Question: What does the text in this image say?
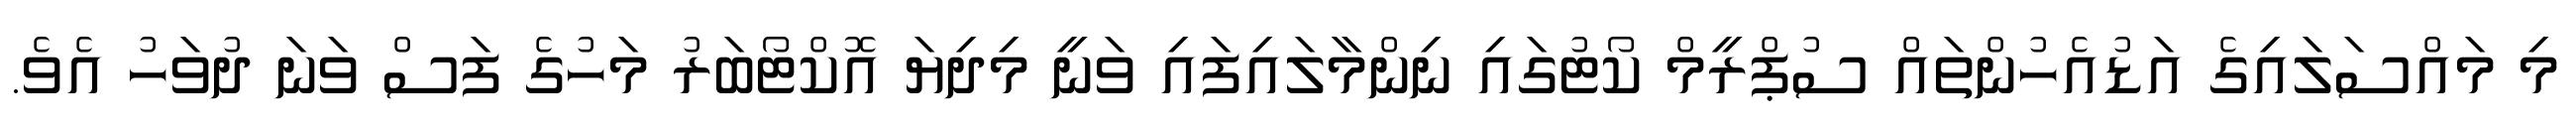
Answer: މި މައްސަލައިގެ އަޑުއެހުންތައް ސުޕްރީމް ކޯޓުގައި ނިންމާލައިފައި ވަނީ މިދިޔަ އޮކްޓޯބަރު މަހުގެ ފަސް ވަނަ ދުވަހު އެވެ.